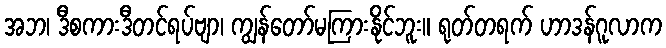
အဘ၊ ဒီစကားဒီတင်ရပ်ဗျာ၊ ကျွန်တော်မကြားနိုင်ဘူး။ ရုတ်တရက် ဟာဒန်ဂူလာက